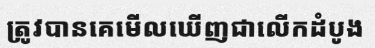
ត្រូវបានគេមើលឃើញជាលើកដំបូង